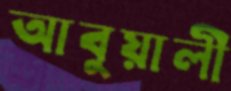
আবুয়ালী